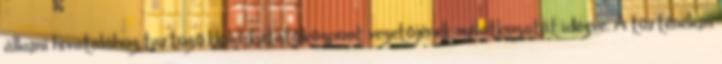
állami hivatalához tartozó Hold-kutatóközpont vezetőjének nyilatkozatát idézve. A történelem